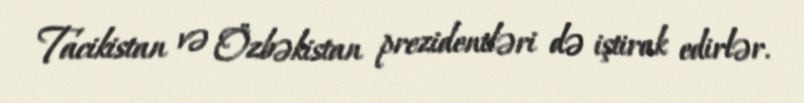
Tacikistan və Özbəkistan prezidentləri də iştirak edirlər.